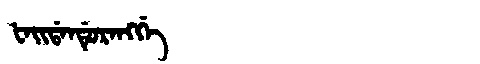
Manchu: ᡶᠠᡳᡩᠠᠨᡩᡠᡵᠠᠩᡤᡝ
Romanization: FAIDANDURANGGE